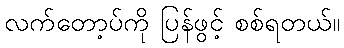
လက်တော့ပ်ကို ပြန်ဖွင့် စစ်ရတယ်။